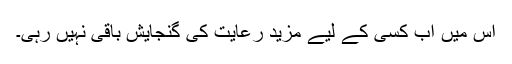
اِس میں اب کسی کے لیے مزید رعایت کی گنجایش باقی نہیں رہی۔